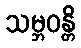
သမ္ဘဝန္တိ